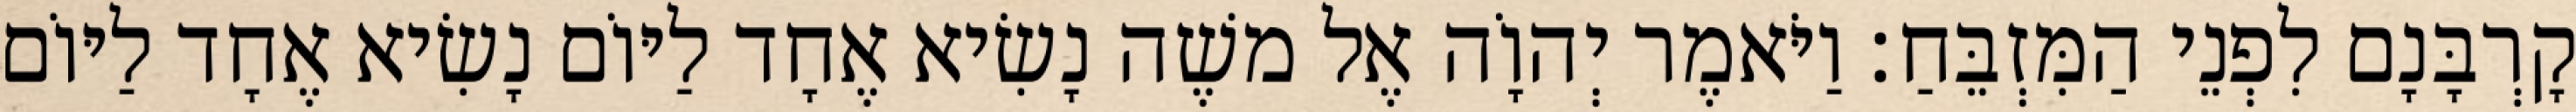
קָרְבָּנָם לִפְנֵי הַמִּזְבֵּחַ׃ וַיֹּאמֶר יְהוָֹה אֶל משֶׁה נָשִׂיא אֶחָד לַיּוֹם נָשִׂיא אֶחָד לַיּוֹם